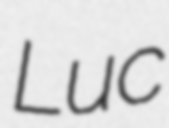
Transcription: Luc